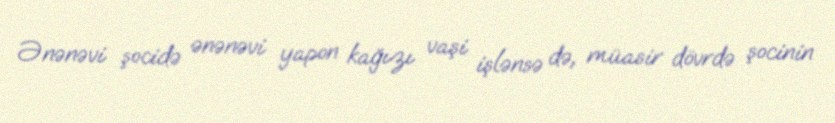
Ənənəvi şocidə ənənəvi yapon kağızı vaşi işlənsə də, müasir dövrdə şocinin